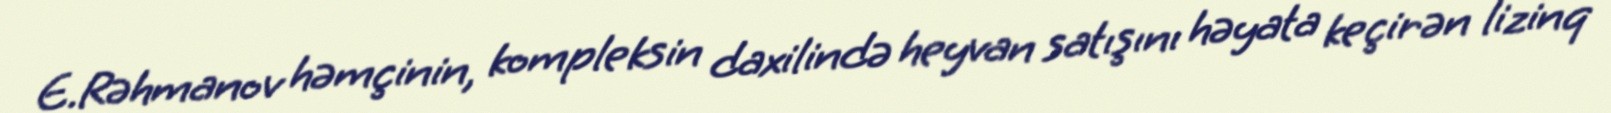
E.Rəhmanov həmçinin, kompleksin daxilində heyvan satışını həyata keçirən lizinq